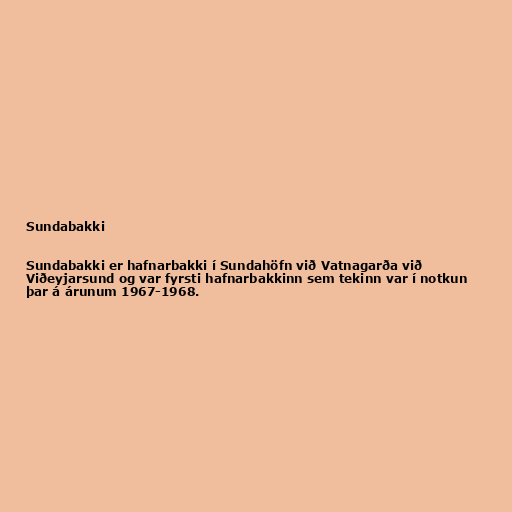
Sundabakki

Sundabakki er hafnarbakki í Sundahöfn við Vatnagarða við
Viðeyjarsund og var fyrsti hafnarbakkinn sem tekinn var í notkun
þar á árunum 1967-1968.